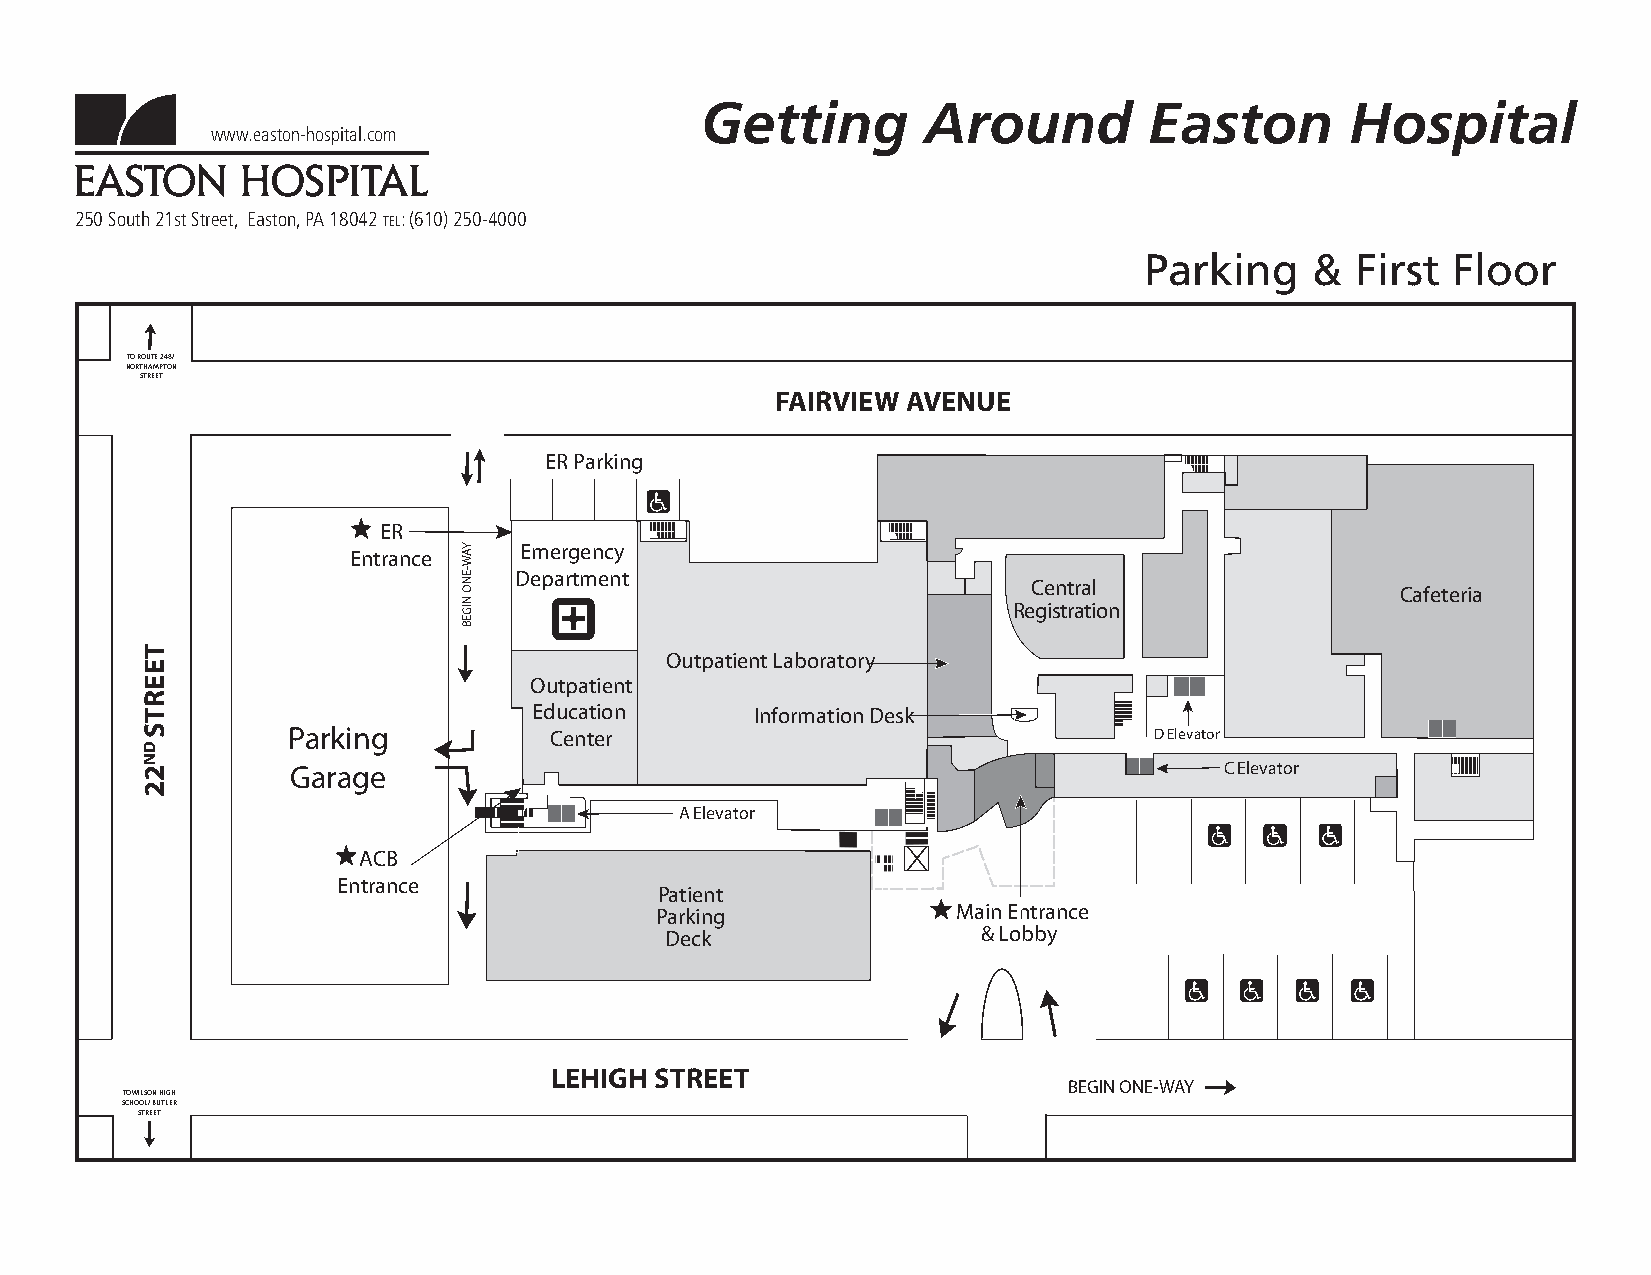
Getting        Around         Easton       Hospital
 www.easton-hospital.com
 250 South 21st Street, Easton, PA 18042 TEL: (610) 250-4000
 Parking    &  First Floor
 TO ROUTE 248/
 NORTHAMPTON
 STREET
 FAIRVIEW AVENUE
 ER Parking
 ER
 Emergency Entrance
 Department
 Central
 Cafeteria
 Registration
 Outpatient Laboratory
 Outpatient
 Education      Information Desk
 Parking          Center                                  D Elevator
 Garage                                                        C Elevator
 A Elevator
 ACB
 Entrance
 Patient
 Parking             Main Entrance
 Deck                 & Lobby
 LEHIGH STREET
 BEGIN ONE-WAY
 TO WILSON HIGH
 SCHOOL/ BUTLER
 STREET
 TEERTSDN22
 YAW-ENO
 NIGEB